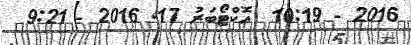
2016 - 10:19  އޮކްޓޯބަރު 17